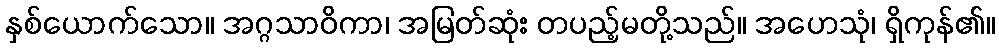
နှစ်ယောက်သော။ အဂ္ဂသာဝိကာ၊ အမြတ်ဆုံး တပည့်မတို့သည်။ အဟေသုံ၊ ရှိကုန်၏။